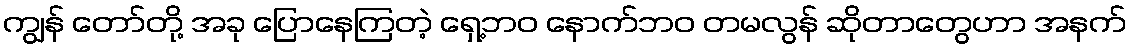
ကျွန် တော်တို့ အခု ပြောနေကြတဲ့ ရှေ့ဘဝ နောက်ဘဝ တမလွန် ဆိုတာတွေဟာ အနက်